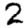
Digit: 2